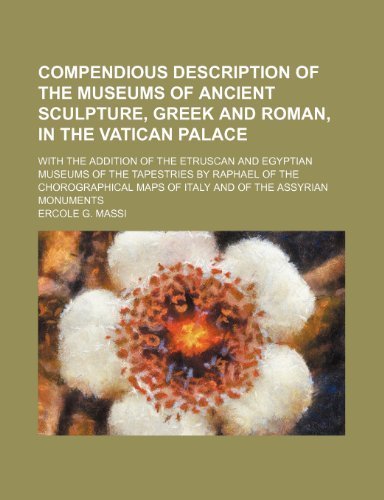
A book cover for Compendious description of the museums of ancient sculpture, Greek and Roman, in the Vatican palace; with the addition of the Etruscan and Egyptian ... maps of Italy and of the Assyrian monuments by Massi, Ercole G. (2012) Paperback; Ercole G. Massi; Travel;